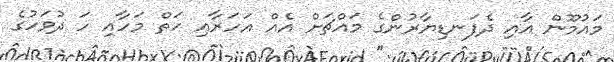
މައުމޫން އާއި ދެފަނޑިޔާރުންގެ މައްޗަށް އެއް އަހަރާއި ހަތް މަހާއި ހަ ދުވަހުގެ